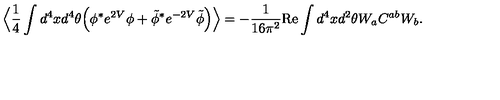
\Big \langle \frac { 1 } { 4 } \int d ^ { 4 } x d ^ { 4 } \theta \Big ( \phi ^ { * } e ^ { 2 V } \phi + \tilde { \phi } ^ { * } e ^ { - 2 V } \tilde { \phi } \Big ) \Big \rangle = - \frac { 1 } { 1 6 \pi ^ { 2 } } \mathrm { R e } \int d ^ { 4 } x d ^ { 2 } \theta W _ { a } C ^ { a b } W _ { b } .